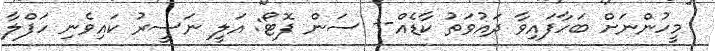
މީހުންނަށް ބަހާފައިވާ ދައުވަތު ކާޑެއް-- ސަން ފޮޓޯ: އަލީ ނަސީރު ކައިވެނި ހަފްލާ